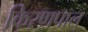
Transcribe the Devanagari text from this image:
किरणपाल